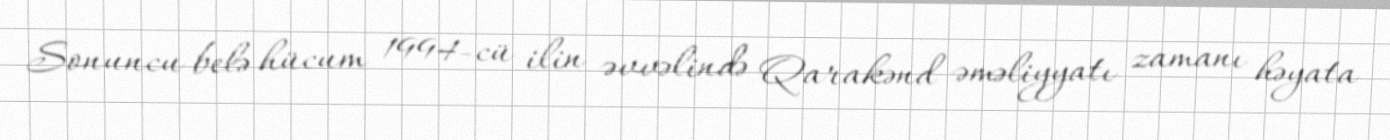
Sonuncu belə hücum 1994-cü ilin əvvəlində Qarakənd əməliyyatı zamanı həyata